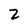
Character: 2